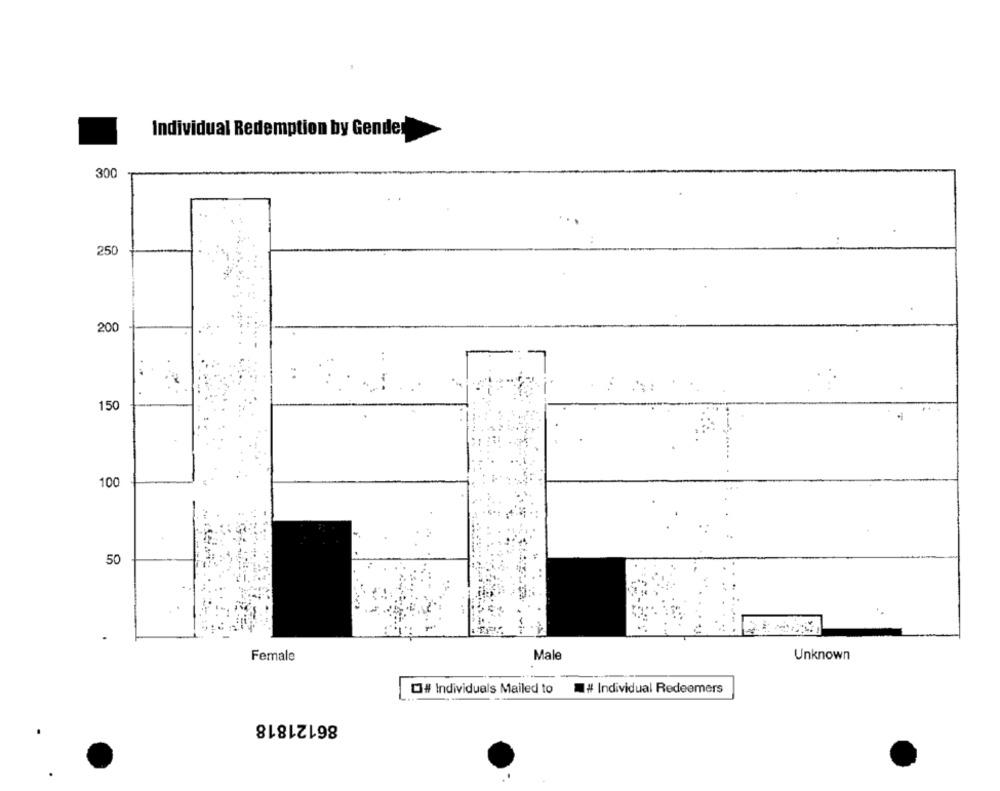
Individual Redemption by Gender
300
250
200
150
2
100
50
Female
Male
Unknown
OJ# Individuals Mailed to
# Individual Redeemers
86121818